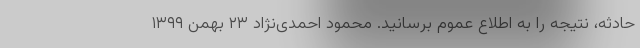
حادثه، نتیجه را به اطلاع عموم برسانید. محمود احمدی‌نژاد ۲۳ بهمن ۱۳۹۹